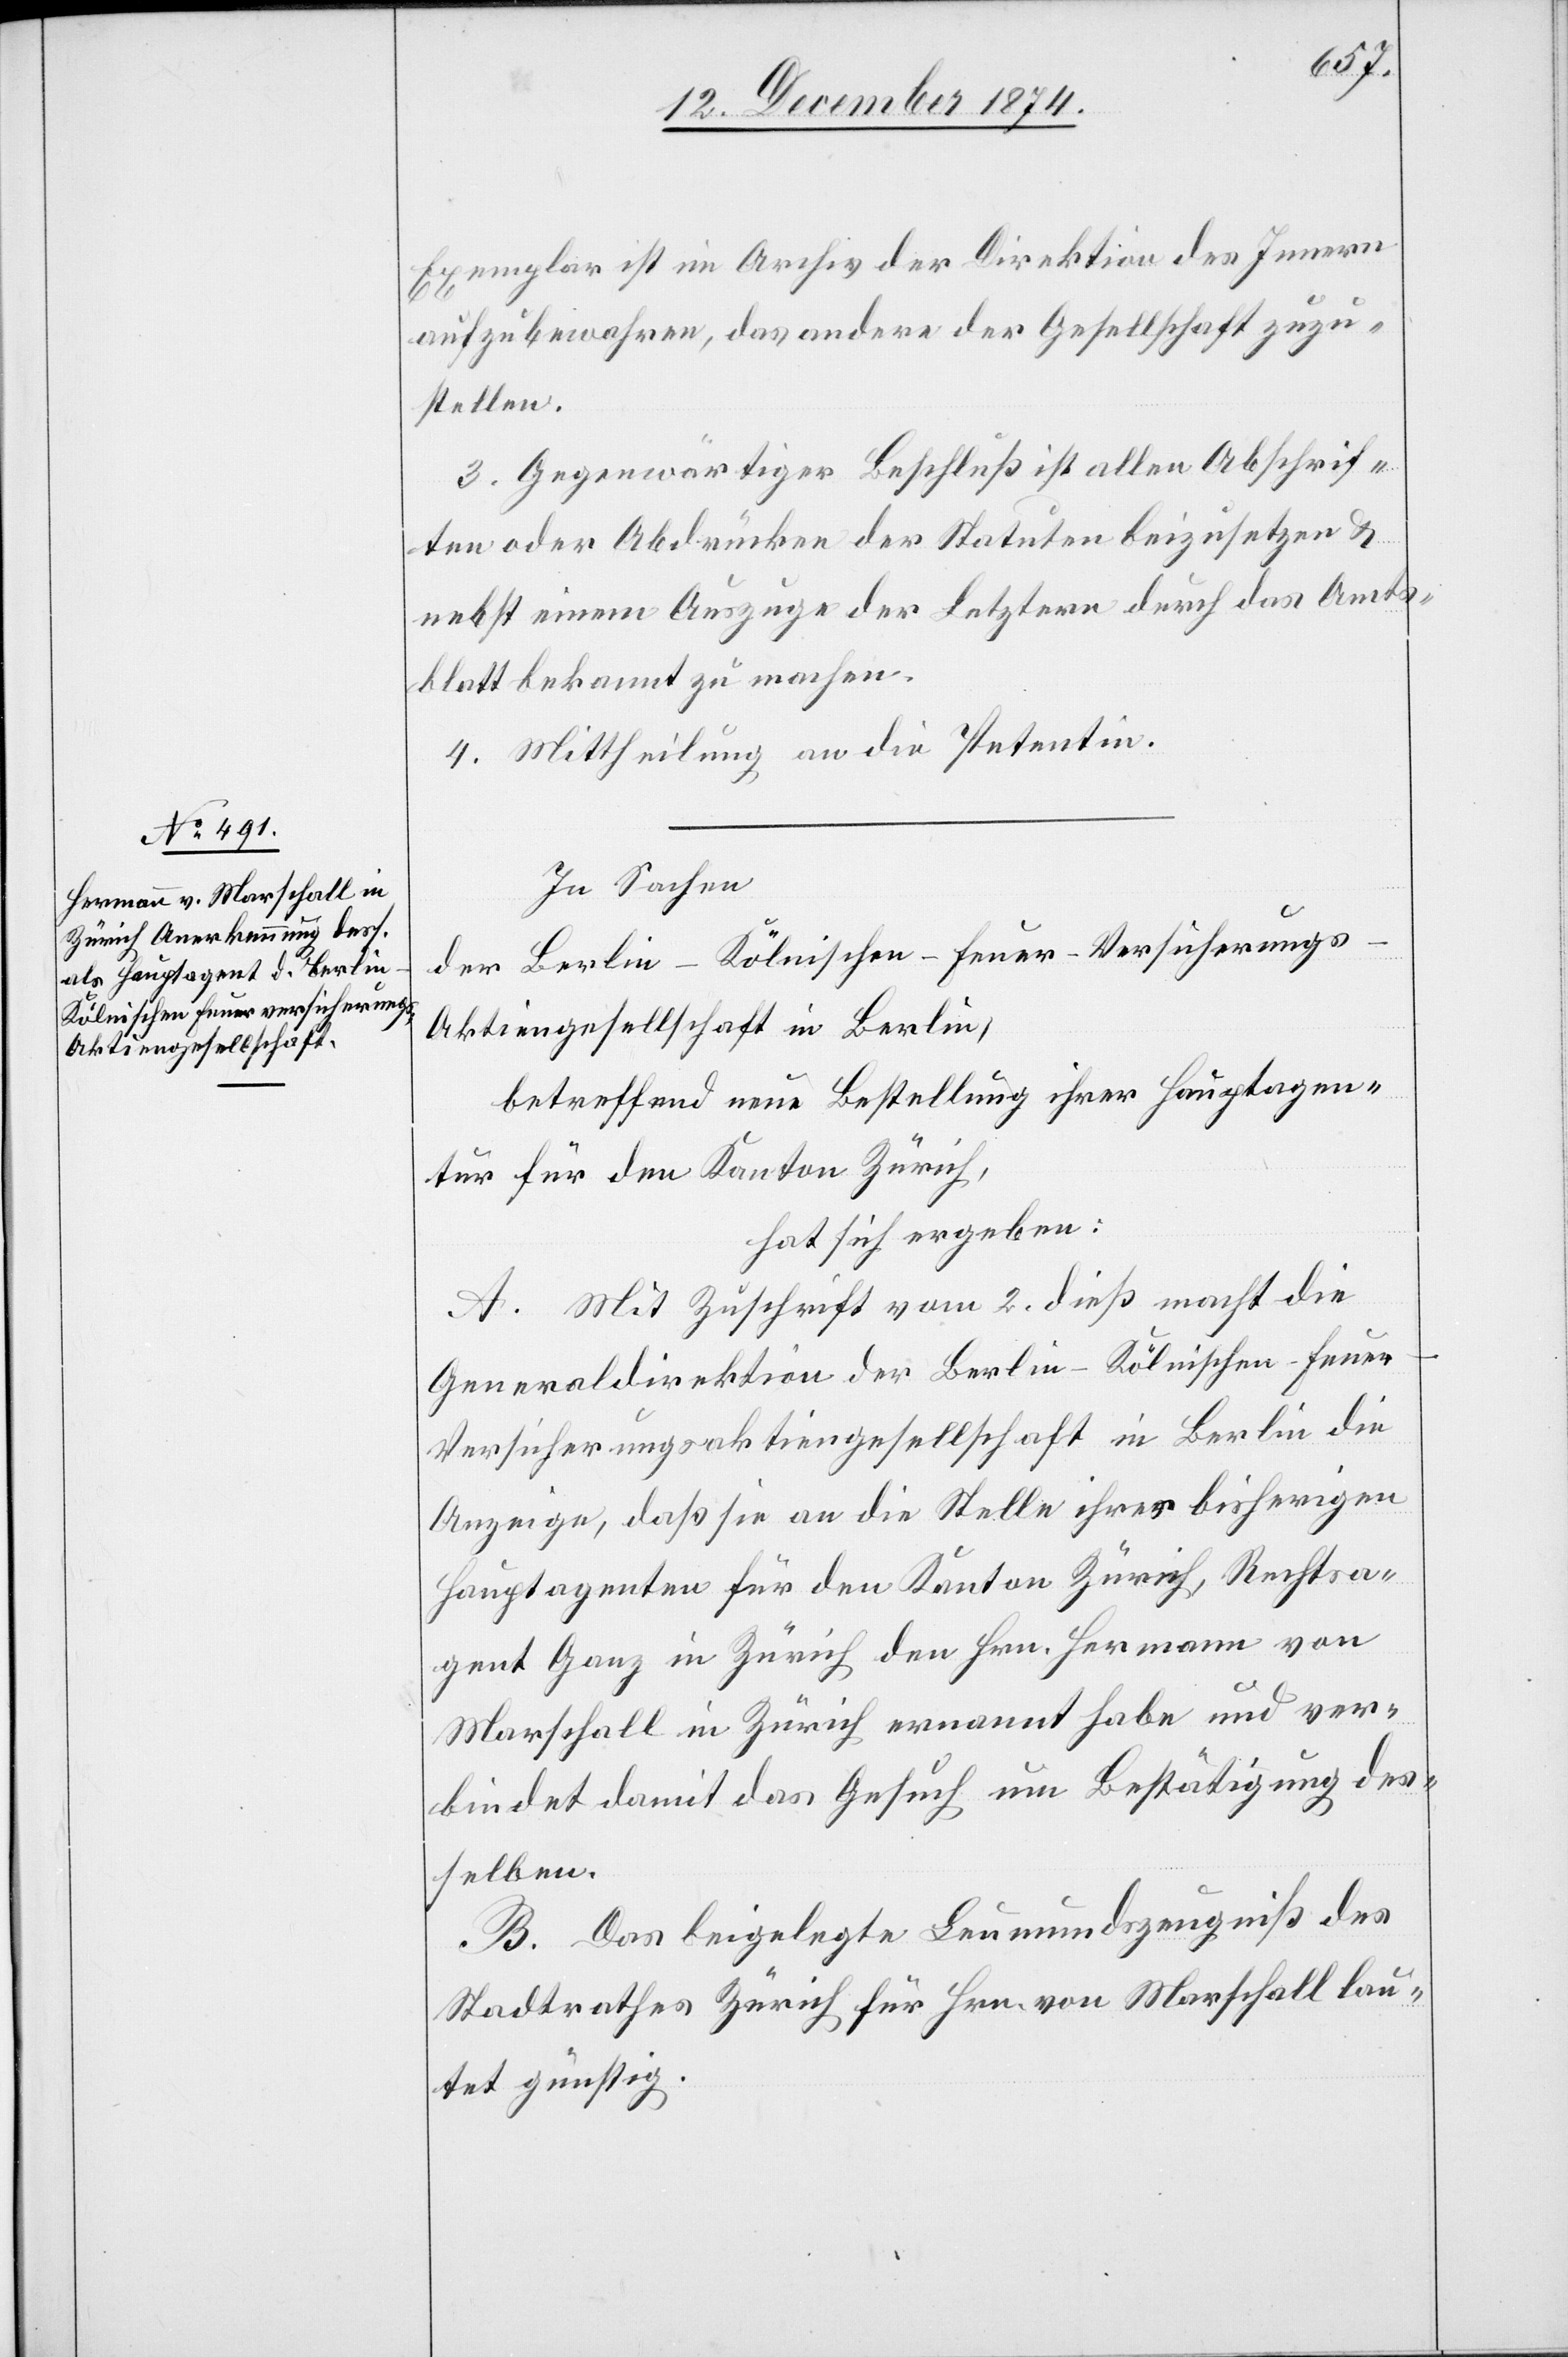
Exemplar ist im Archiv der Direktion des Innern
aufzubewahren, das andere der Gesellschaft zuzu¬
stellen.
3. Gegenwärtiger Beschluß ist allen Abschrif¬
ten oder Abdrücken der Statuten beizusetzen &
nebst einem Auszuge der Letztern durch das Amts¬
blatt bekannt zu machen.
4. Mittheilung an die Petentin.
In Sachen
der Berlin-Kölnischen-Feuer-Versicherungs-A¬
ktiengesellschaft in Berlin,
betreffend neue Bestellung ihrer Hauptagen¬
tur für den Kanton Zürich,
hat sich ergeben:
A. Mit Zuschrift vom 2. dieß macht die
Generaldirektion der Berlin-Kölnischen-Feue¬
r-Versicherungsaktiengesellschaft in Berlin die
Anzeige, daß sie an die Stelle ihrer bisherigen
Hauptagenten für den Kanton Zürich, Rechtsa¬
gent Ganz in Zürich den Hrn. Hermann von
Marschall in Zürich ernannt habe und ver¬
bindet damit das Gesuch um Bestätigung des¬
selben.
B. Das beigelegte Leumundszeugniß des
Stadtrathes Zürich für Hrn. von Marschall lau¬
tet günstig.